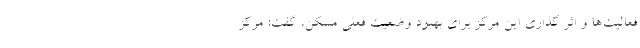
فعالیت‌ها و اثر گذاری این مرکز برای بهبود وضعیت فعلی مسکن، گفت: مرکز